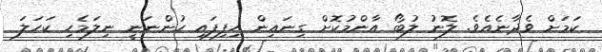
ކަމަށް ވެދާނެއެވެ. ލޮނު ލުބޯ އާންމުކޮށް ގިނައިން ހިފިފައި ހުންނަނީ ނިލަމެހި ކަހަލަ